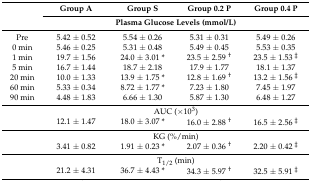
<table><thead><tr><td rowspan="2"></td><td><b>Group A</b></td><td><b>Group S</b></td><td><b>Group 0.2 P</b></td><td><b>Group 0.4 P</b></td></tr><tr><td colspan="4"><b>Plasma Glucose Levels (mmol/L)</b></td></tr></thead><tbody><tr><td>Pre</td><td>5.42 ± 0.52</td><td>5.54 ± 0.26</td><td>5.31 ± 0.31</td><td>5.49 ± 0.26</td></tr><tr><td>0 min</td><td>5.46 ± 0.25</td><td>5.31 ± 0.48</td><td>5.49 ± 0.45</td><td>5.53 ± 0.35</td></tr><tr><td>1 min</td><td>19.7 ± 1.56</td><td>24.0 ± 3.01 *</td><td>23.5 ± 2.59 <sup>†</sup></td><td>23.5 ± 1.53 <sup>‡</sup></td></tr><tr><td>5 min</td><td>16.7 ± 1.44</td><td>18.7 ± 2.18</td><td>17.9 ± 1.77</td><td>18.1 ± 1.37</td></tr><tr><td>20 min</td><td>10.0 ± 1.33</td><td>13.9 ± 1.75 *</td><td>12.8 ± 1.69 <sup>†</sup></td><td>13.2 ± 1.56 <sup>‡</sup></td></tr><tr><td>60 min</td><td>5.33 ± 0.34</td><td>8.72 ± 1.77 *</td><td>7.23 ± 1.80</td><td>7.45 ± 1.97</td></tr><tr><td>90 min</td><td>4.48 ± 1.83</td><td>6.66 ± 1.30</td><td>5.87 ± 1.30</td><td>6.48 ± 1.27</td></tr><tr><td></td><td colspan="4">AUC (×10<sup>3</sup>)</td></tr><tr><td></td><td>12.1 ± 1.47</td><td>18.0 ± 3.07 *</td><td>16.0 ± 2.88 <sup>†</sup></td><td>16.5 ± 2.56 <sup>‡</sup></td></tr><tr><td></td><td colspan="4">KG (%/min)</td></tr><tr><td></td><td>3.41 ± 0.82</td><td>1.91 ± 0.23 *</td><td>2.07 ± 0.36 <sup>†</sup></td><td>2.20 ± 0.42 <sup>‡</sup></td></tr><tr><td></td><td colspan="4">T<sub>1/2</sub> (min)</td></tr><tr><td></td><td>21.2 ± 4.31</td><td>36.7 ± 4.43 *</td><td>34.3 ± 5.97 <sup>†</sup></td><td>32.5 ± 5.91 <sup>‡</sup></td></tr></tbody></table>